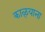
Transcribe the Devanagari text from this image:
काळ्याना